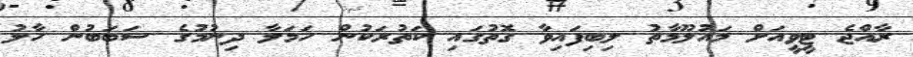
ރާއްޖެ ޓީވީއަށް މައުލޫމާތު ލިބިފައިވާ ގޮތުގައި ކަތުރަކުން ހަމަލާ ދިނުމުގެ ސަބަބުން ހާލު